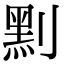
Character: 䵞